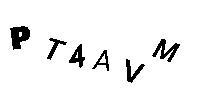
PT4AVM